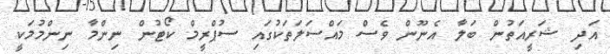
އަދި ޝަރީއަތުން ބަލާ އެނޫން ވެސް މައްސަލަތަކުގައި ސުޕްރީމް ކޯޓުން ނިންމާ ނިންމުމަކީ